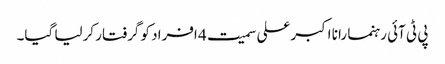
پی ٹی آئی رہنما رانا اکبرعلی سمیت 4 افراد کو گرفتار کرلیا گیا۔